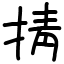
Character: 掅